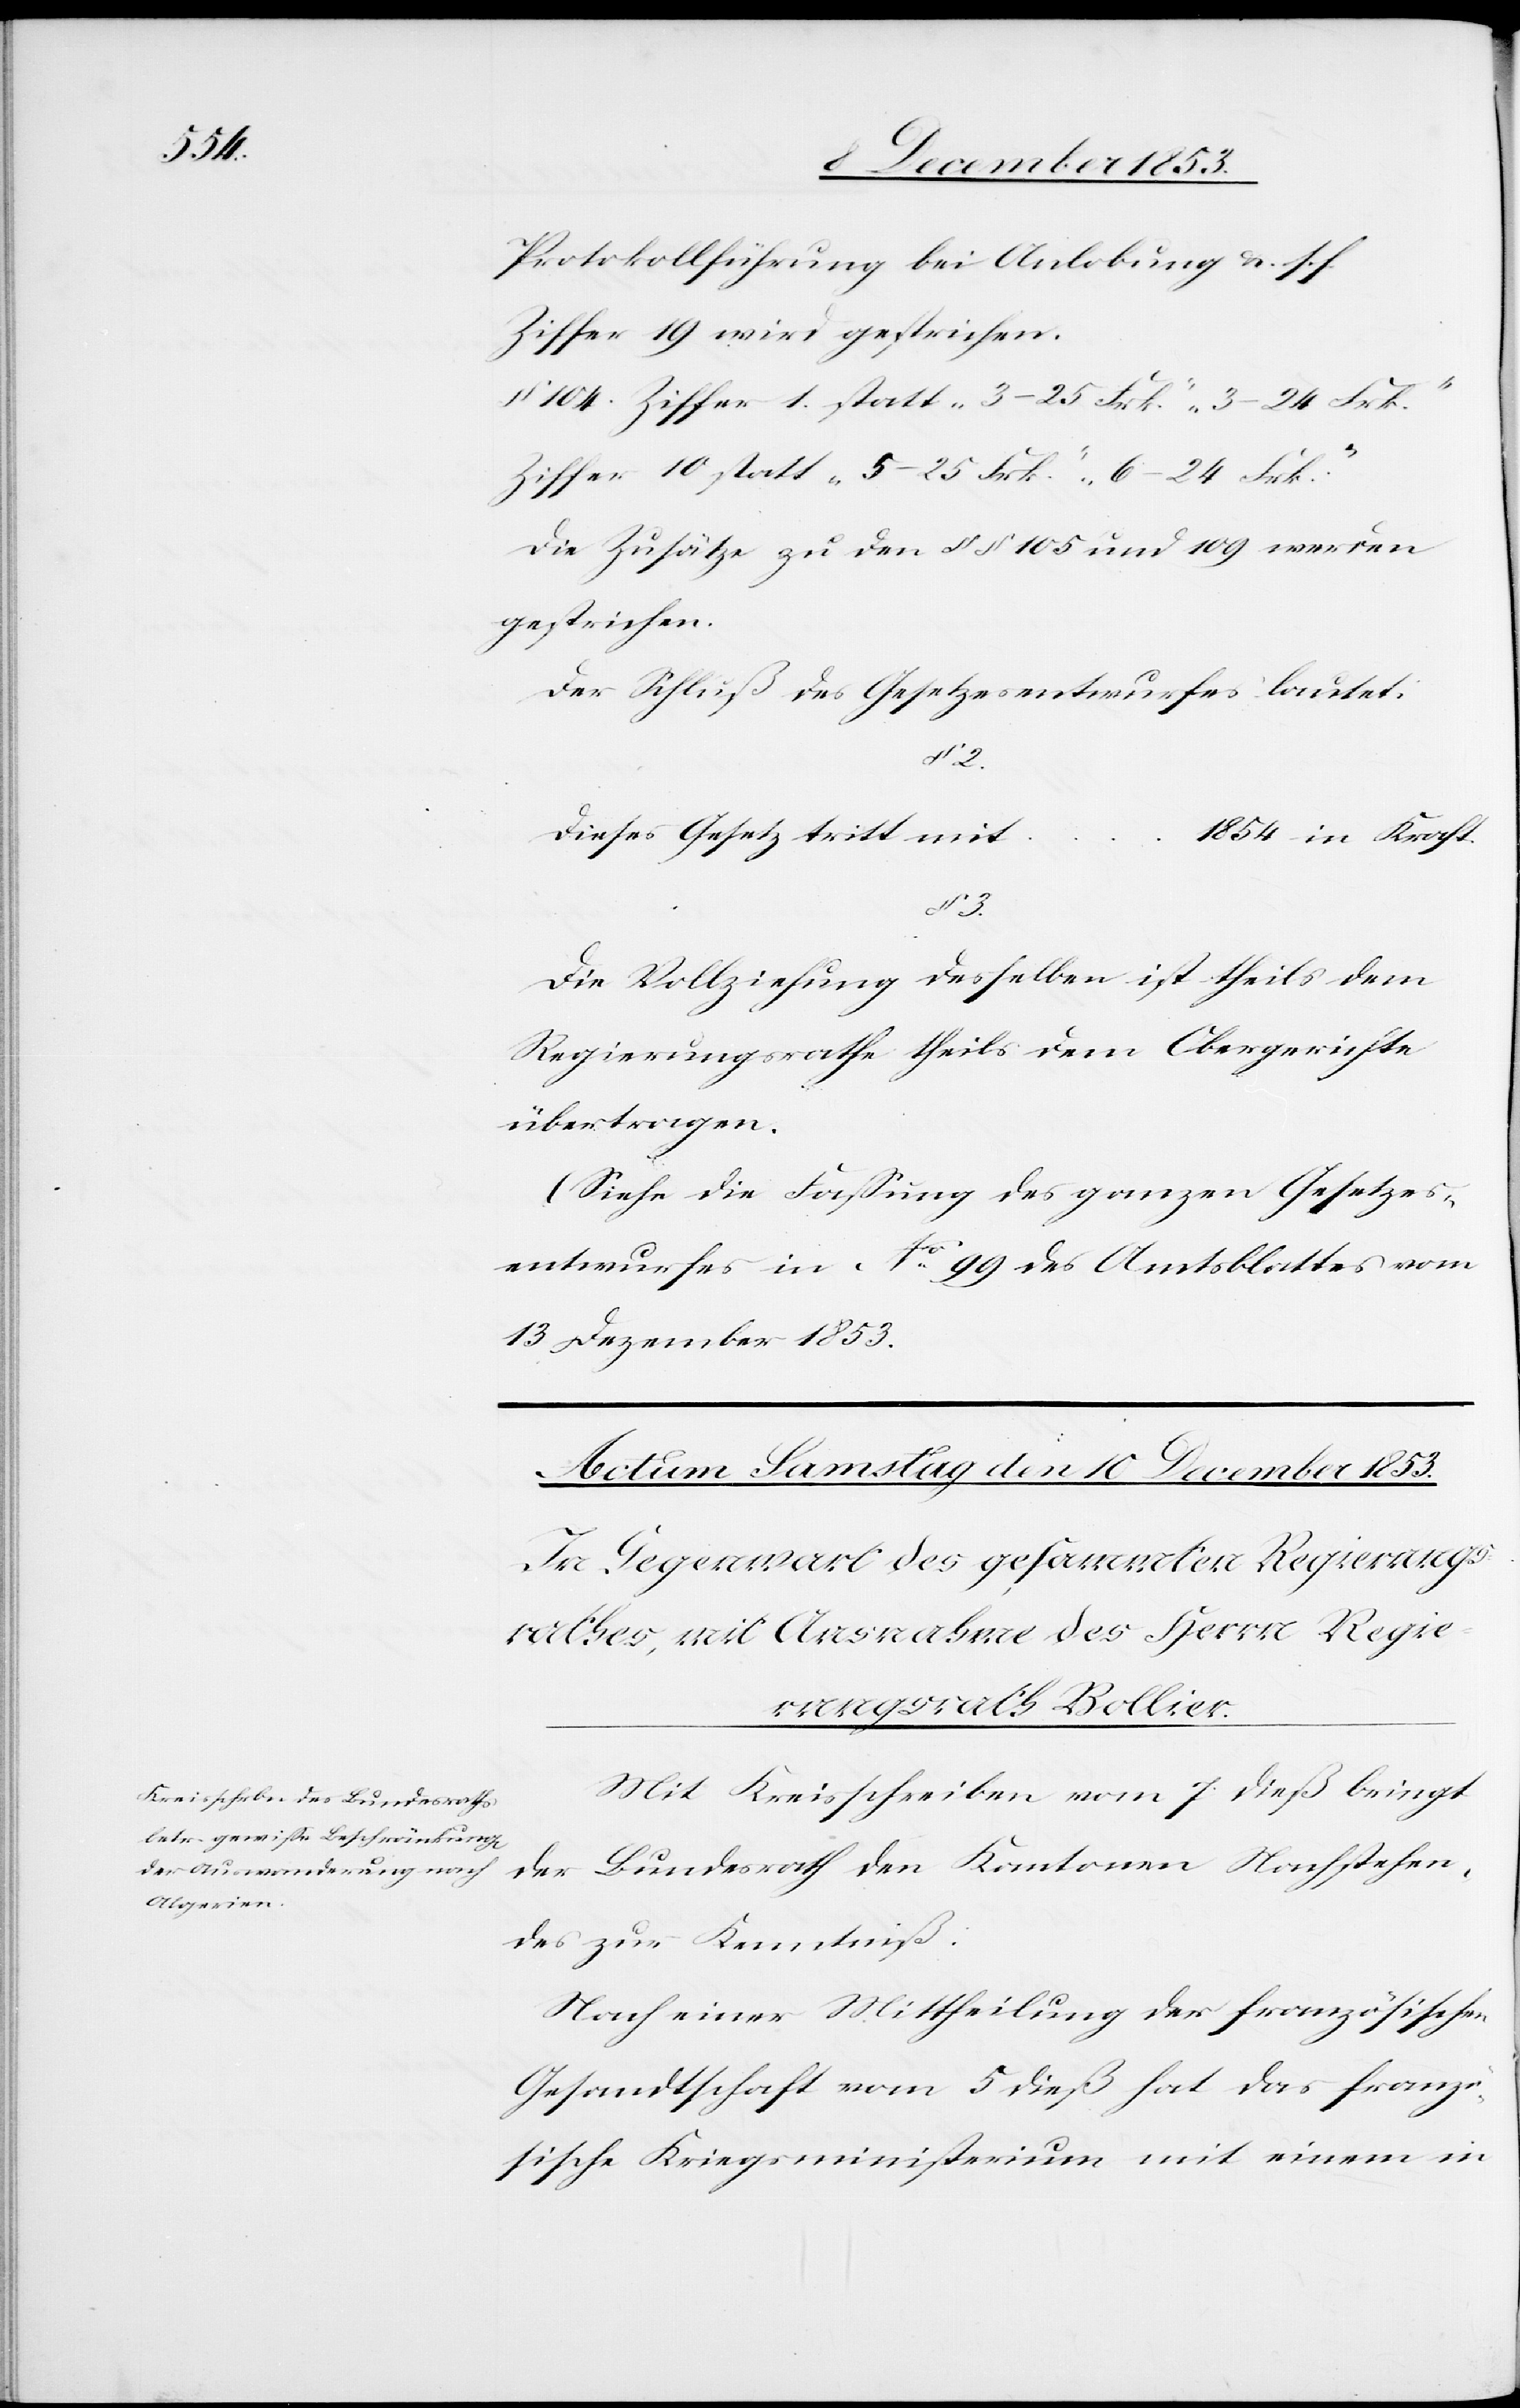
3.

Protokollführung bei Anlobung u. s. f.
Ziffer 19 wird gestrichen.
§ 104 Ziffer 1. Statt „3–25 Frk.“ „3–24 Frk.“
Ziffer 10 statt „5–25 Frk.“ „6–24 Frk.“
Die Zusätze zu den §§ 105 und 109 werden
gestrichen.
Der Schluß des Gesetzesentwurfes lautet:
§ 2.
Dieses Gesetz tritt mi¬
t…1854 in Kraft.
Die Vollziehung desselben ist theils dem
Regierungsrathe theils dem Obergerichte
übertragen.
(Siehe die Faßung des ganzen Gesetzes¬
entwurfes in N° 99 des Amtsblattes vom
13 Dezember 1853)
Mit Kreisschreiben vom 7 dieß bringt
Bundesrath den Kantonen Nachstehen¬
der
des zur Kenntniß.
Nach einer Mittheilung der französischen
Gesandtschaft vom 5 dieß hat das	 franzö¬
sische Kriegsministerium mit einem in